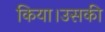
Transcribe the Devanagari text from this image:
किया।उसकी